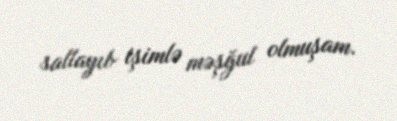
sallayıb işimlə məşğul olmuşam.